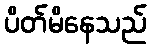
ပိတ်မိနေသည်